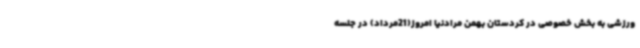
ورزشی به بخش خصوصی در کردستان بهمن مرادنیا امروز(21مرداد) در جلسه